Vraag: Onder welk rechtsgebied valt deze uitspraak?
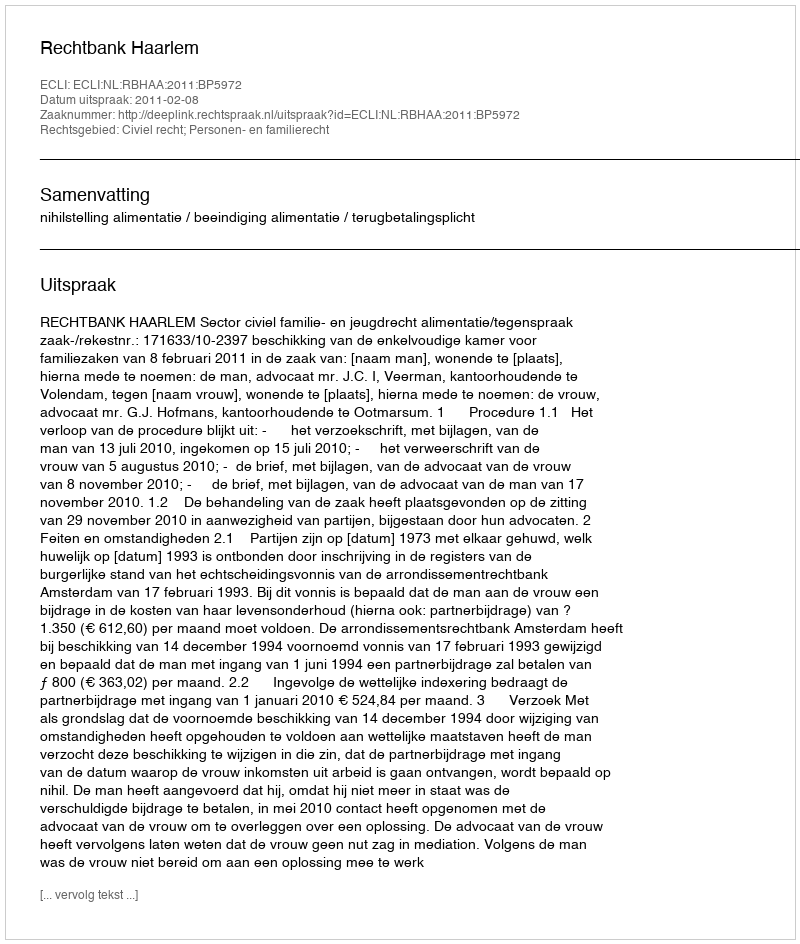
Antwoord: Civiel recht; Personen- en familierecht